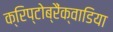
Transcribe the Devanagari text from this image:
क्रिप्टोब्रैंक्वाडिया